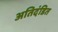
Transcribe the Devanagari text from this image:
अतिदंडित